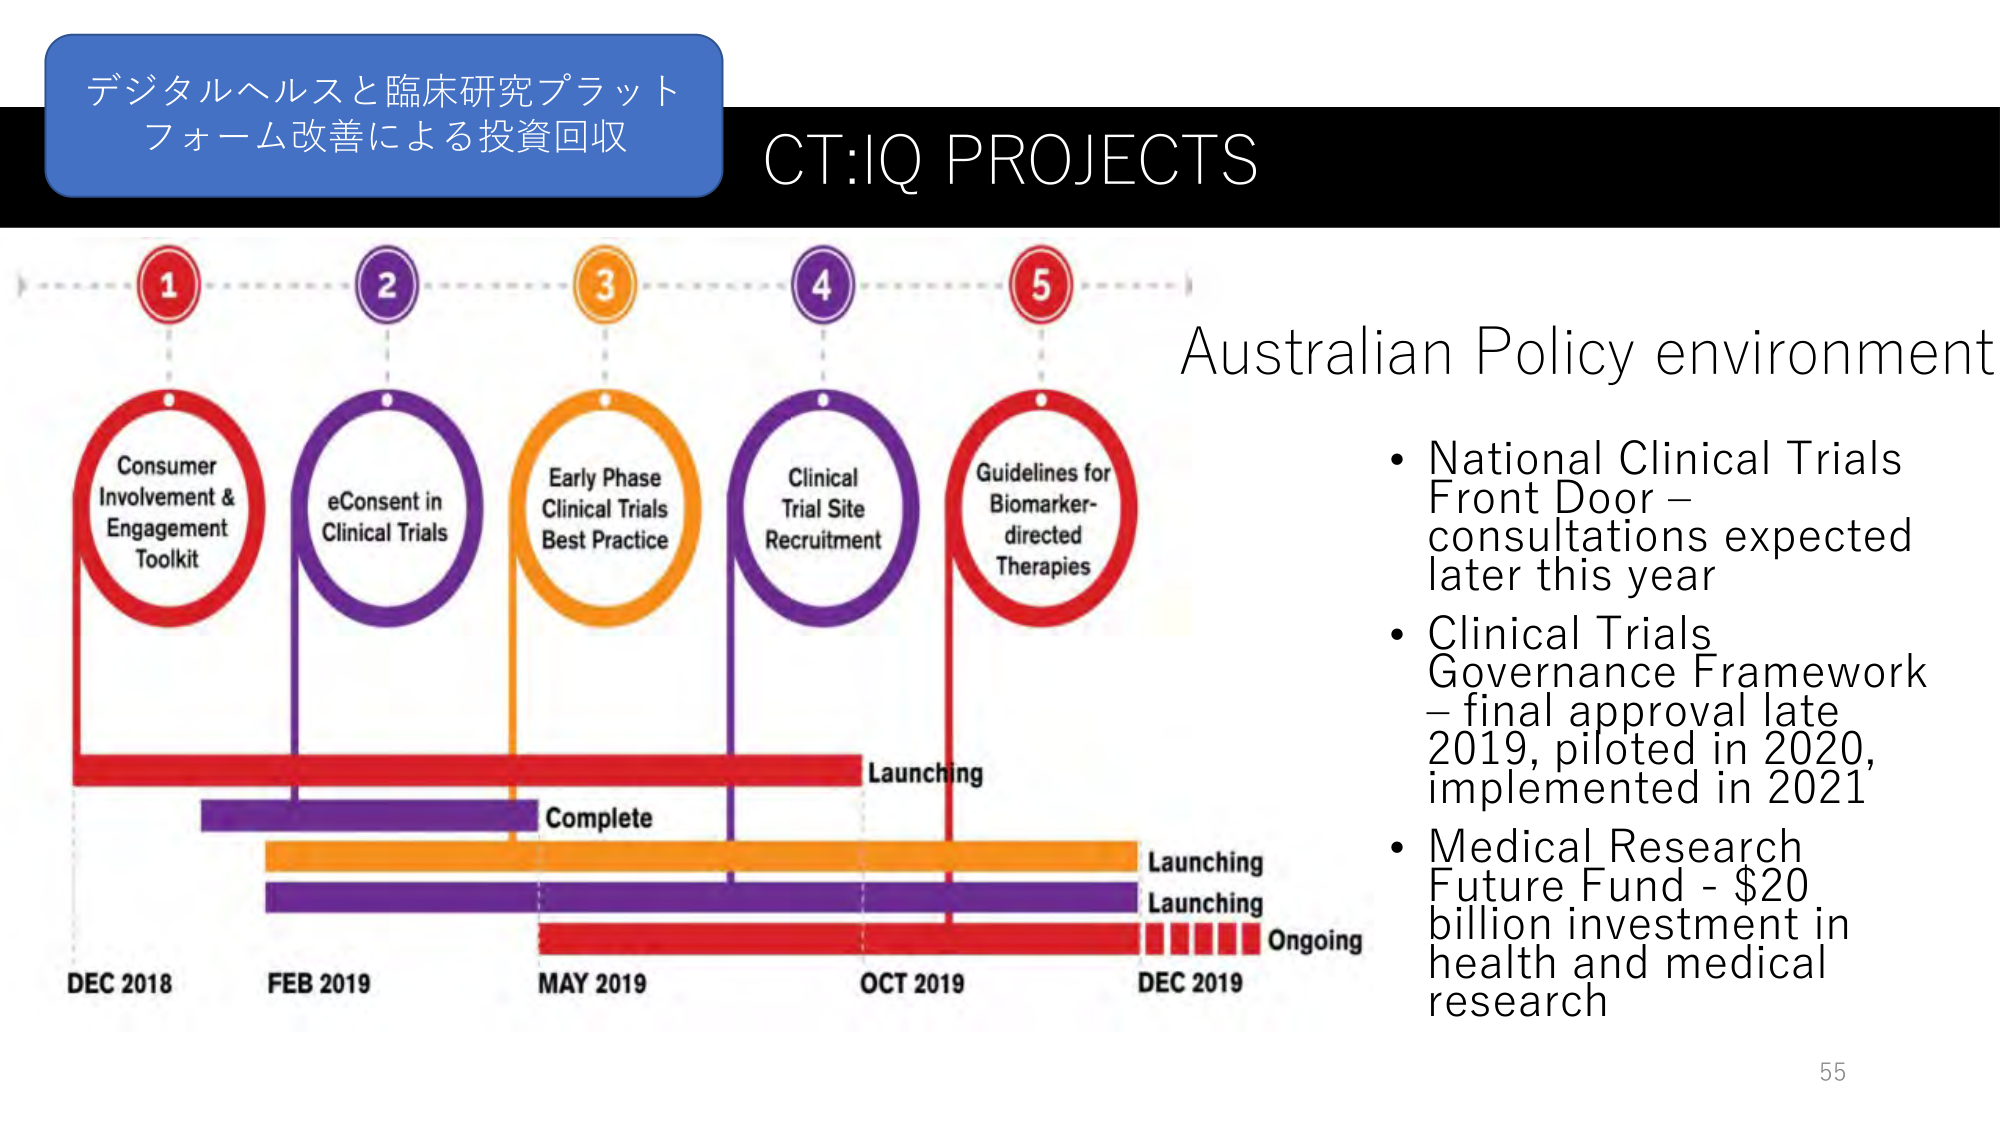
デジタルヘルスと臨床研究プラット
フォーム改善による投資回収
CT:IQ PROJECTS
1
Consumer
Involvement &
Engagement
Toolkit
2
eConsent in
Clinical Trials
3
Early Phase
Clinical Trials
Best Practice
4
Clinical
Trial Site
Recruitment
5
Guidelines for
Biomarker-
directed
Therapies
DEC 2018
FEB 2019
MAY 2019
OCT 2019
DEC 2019
Launching
Complete
Launching
Launching
Ongoing
Australian Policy environment
• National Clinical Trials
Front Door –
consultations expected
later this year
• Clinical Trials
Governance Framework
– final approval late
2019, piloted in 2020,
implemented in 2021
• Medical Research
Future Fund - $20
billion investment in
health and medical
research
55